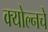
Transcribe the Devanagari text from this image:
क्योल्नचे